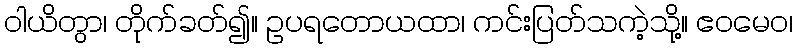
ဝါယိတွာ၊ တိုက်ခတ်၍။ ဥပရတောယထာ၊ ကင်းပြတ်သကဲ့သို့။ ဧဝမေဝ၊